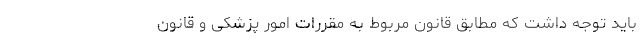
باید توجه داشت که مطابق قانون مربوط به مقررات امور پزشکی و قانون